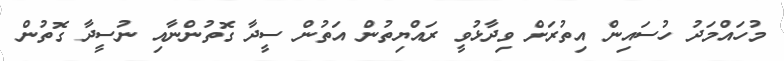
މުހައްމަދު ހުސައިން އިތުރަށް ވިދާޅުވީ ރައްޔިތުން އަތުން ސީދާ ގޮތުންނާއި ނުސީދާ ގޮތުން